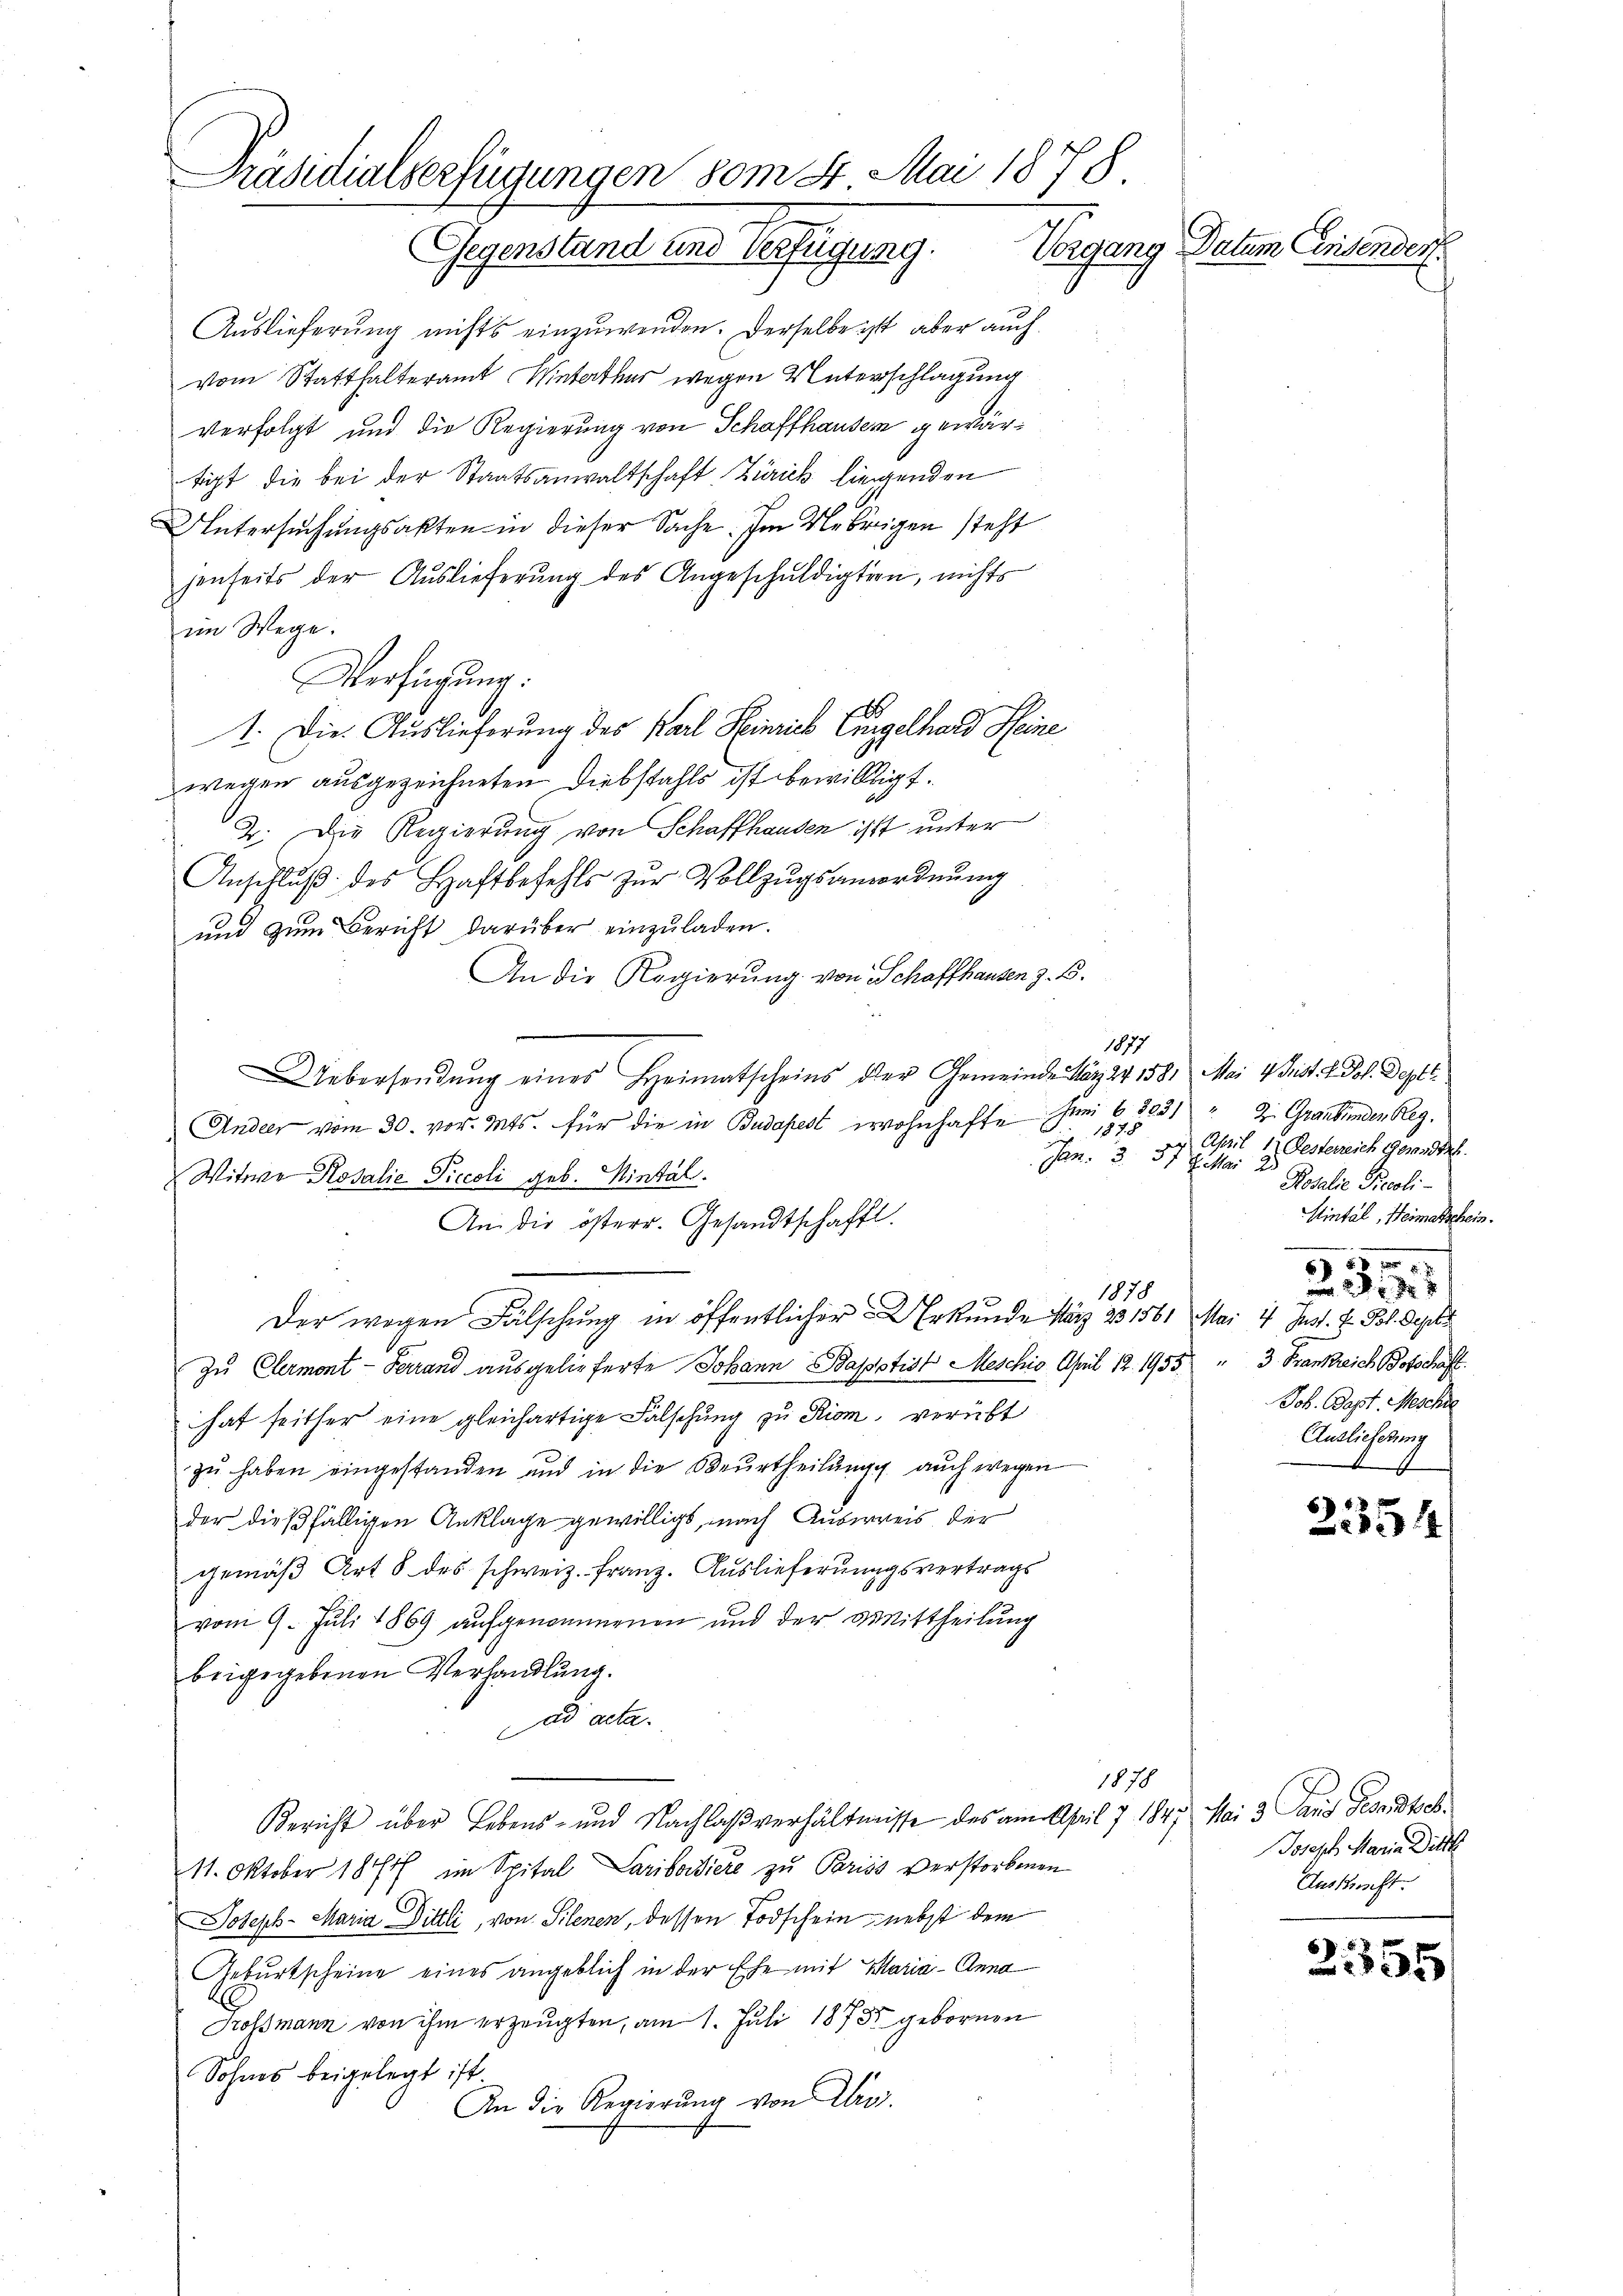
Präsidialserfügungen vom 8. Mai 1878
Vorgang Datum Einsender
Gegenstand und Verfügung.

Auslieferung nichts einzuwenden. Derselbe ist aber auch
vom Statthalteramt Winterthur wegen Unterschlagung
verfolgt und die Regierung von Schaffhausen gewärtigt die bei der Staatsanwaltschaft Zürich liegenden
Untersuchungsakten in dieser Sache. Im Uebrigen steht
jenseits der Auslieferung des Angeschuldigten, nichts
im Wege.
Verfügŭng:
1. Die Auslieferung des Karl Heinrich Eingelhard Steine
wegen ausgezeichneten Diebstahls ist bewilligt.
2. Die Regierung von Schaffhausen ist unter
Anschlŭβ des Haftbefehls zŭr Vollzŭgsanordnŭng
und zum Bericht darüber einzuladen.
An die Regierung von Schaffhausen z. B.
Uebersendung eines Heimatscheins der Gemeinde März 24 158. Mai 4 Frist. A dol. Sept.
Ander vom 30. vor. Mts. für die in Budapest wohnhafte Juni 68031 " 2. Graubünden Reg.
1878
Jan. 3. 37 J. Mai 2
Witwe Rosalie Piccoli geb. Hintal.
An die österr. Gesandtschafft.
1878
Der wegen Fälschung in öffentlicher Erkunde März 23, 1561 Mai 4 Just. E. Pol. Sept
zu Clermont-Terrand ausgelieferte Johann Baptist Meschig April 12. 1955 " 3 Frankreich Botschaft
hat seither eine gleichartige Falschung zu Rom verübt
zu haben eingestanden und in die Beurtheilung auch wegen
der dießfälligen Anklage gewilligt, nach Ausweis der
gemäß Art 8 des schweiz. Franz. Auslieferungsvertrags
vom 9. Juli 1869 aŭfgenommenen und der Mittheilung
beigegebenen Verhandlung.
ad acta.
1878
Bericht über Lebens- und Nachlaßverhältnisse des am April 17 184. Mai 3 aus Gesandtsch¬
11. Oktober 1874 im Spital Lariboisiere zu Pariss verstorbenen
Joseph- Maria Dittli, von Silenen, dessen Todschein nebst dem
Geburtscheine eines angeblich in der Ehe mit Maria - Anna
Krossmann von ihm erzeugten, am 1. Juli 1873 gebornen
Sohnes beigelegt ist
An die Regierŭng von Dros.

1877

April 1. Festerreich gemesteh
Rosalie Piecoli-
Hintal, Heimatschein.
.
 xx
 187
Job. Bapt. Meschi
Auslicherung

21354

Joseph Maria Ditt
Auskunft.

23355